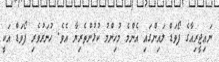
ނައިޖީރިއާގެ ފޯވަޑް ލައިންގައި އެންމެ މުހިންމު ކުޅުންތެރިޔާ އެވެ. ހުނަރުވެރި ފޯވަޑް އަކީ